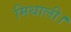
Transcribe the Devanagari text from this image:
मिथाली।